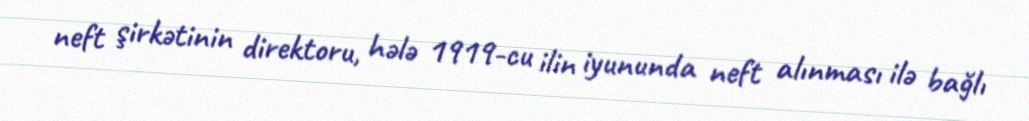
neft şirkətinin direktoru, hələ 1919-cu ilin iyununda neft alınması ilə bağlı